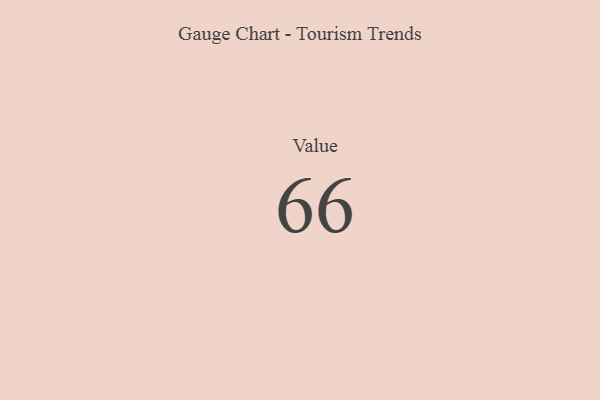
{"axis": {"x": "Metric", "y": "Value"}, "legend": [""], "data": [{"x": "Value", "y": 66, "type": ""}]}